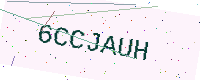
Text: 6CCJAUH